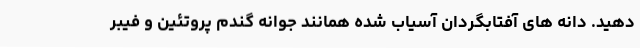
دهید. دانه های آفتابگردان آسیاب شده همانند جوانه گندم پروتئین و فیبر